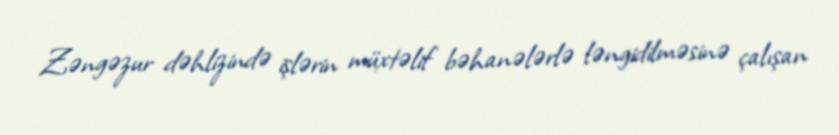
Zəngəzur dəhlizində işlərin müxtəlif bəhanələrlə ləngidilməsinə çalışan